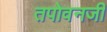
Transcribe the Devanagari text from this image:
तपोवनजी